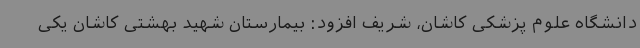
دانشگاه علوم پزشکی کاشان، شریف افزود: بیمارستان شهید بهشتی کاشان یکی